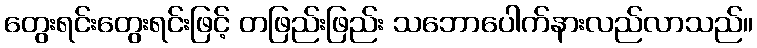
တွေးရင်းတွေးရင်းဖြင့် တဖြည်းဖြည်း သဘောပေါက်နားလည်လာသည်။